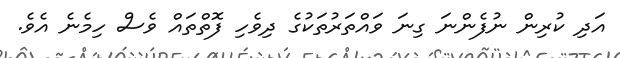
އަދި ކުރިން ނުފެންނަ ގިނަ ވައްތަރުތަކުގެ ދިވެހި ފޮތްތައް ވެސް ހިމެނެ އެވެ.